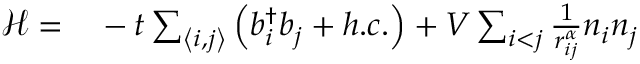
\begin{array} { r l } { \mathcal { H } = } & { { } - t \sum _ { \left< i , j \right> } \left( b _ { i } ^ { \dagger } b _ { j } + h . c . \right) + V \sum _ { i < j } \frac { 1 } { r _ { i j } ^ { \alpha } } n _ { i } n _ { j } } \end{array}